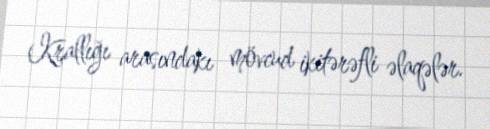
Krallığı arasındakı mövcud ikitərəfli əlaqələr.